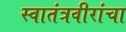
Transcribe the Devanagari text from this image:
स्वातंत्रवीरांचा